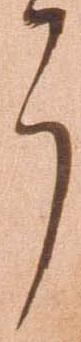
了